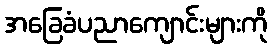
အခြေခံပညာကျောင်းများကို